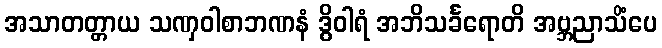
အသာတတ္တာယ သဏှဝါစာဘဏနံ ဒွိဝါရံ အဘိသင်္ခရောတိ အဗ္ဘညာသိံပေ